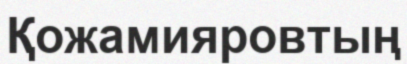
Қожамияровтың